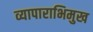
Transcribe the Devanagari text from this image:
व्यापाराभिमुख